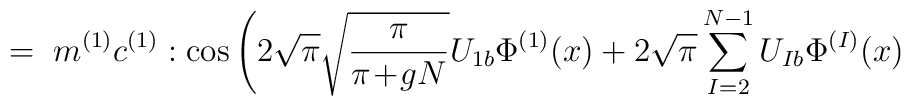
= \; m^{(1)} c^{(1)} : \cos \Bigg( 2 \sqrt{\pi} \sqrt{\frac{\pi}{\pi\!+\!gN}} U_{1 b} \Phi^{(1)}(x)+ 2\sqrt{\pi} \sum_{I=2}^{N-1} U_{I b} \Phi^{(I)}(x)